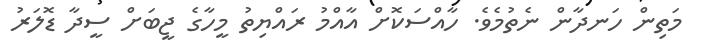
މަތިން ހަނދާން ނެތުމެވެ. ހާއްސަކޮށް އާއްމު ރައްޔިތު މީހާގެ ޖީބަށް ސީދާ ޑޮލަރު